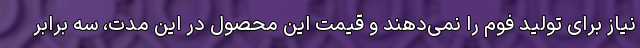
نیاز برای تولید فوم را نمی‌دهند و قیمت این محصول در این مدت، سه برابر